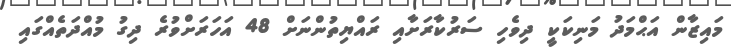
މައިޒާން އަޙްމަދު މަނިކަކީ ދިވެހި ސަރުކާރަށާއި ރައްޔިތުންނަށް 48 އަހަރަށްވުރެ ދިގު މުއްދަތެއްގައި